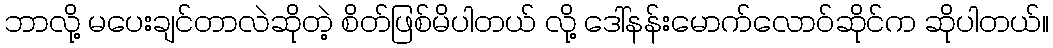
ဘာလို့ မပေးချင်တာလဲဆိုတဲ့ စိတ်ဖြစ်မိပါတယ် လို့ ဒေါ်နန်းမောက်လောဝ်ဆိုင်က ဆိုပါတယ်။